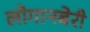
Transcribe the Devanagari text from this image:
लोगानबेरी